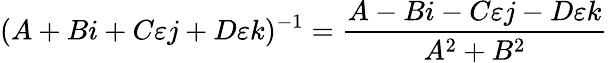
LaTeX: (A+Bi+C\varepsilon j+D\varepsilon k)^{-1}={\frac{A-Bi-C\varepsilon j-D\varepsilon k}{A^{2}+B^{2}}}